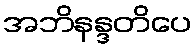
အဘိနန္ဒတိပေ